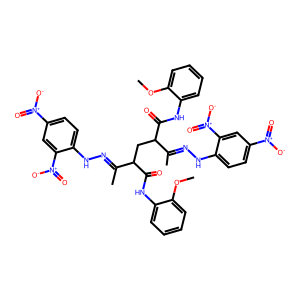
SMILES: COc1ccccc1NC(=O)C(CC(C(=O)Nc1ccccc1OC)C(C)=NNc1ccc([N+](=O)[O-])cc1[N+](=O)[O-])C(C)=NNc1ccc([N+](=O)[O-])cc1[N+](=O)[O-]
Inhibits HIV replication: No